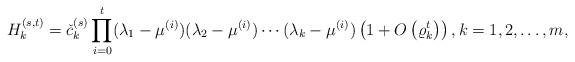
LaTeX: \begin{align*}&H_k^{(s,t)}=\check{c}_k^{(s)}\prod_{i=0}^{t}(\lambda_{1}-\mu^{(i)})(\lambda_{2}-\mu^{(i)})\cdots(\lambda_{k}-\mu^{(i)})\left(1+O\left(\varrho_k^t\right)\right),k=1,2,\dots,m,\end{align*}